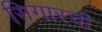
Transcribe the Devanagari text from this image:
सिगारची